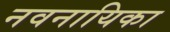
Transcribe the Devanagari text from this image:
नवनायिका